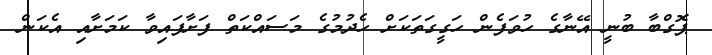
ޕޮގްބާ ބުނީ އޭނާގެ ހުވަފެން ހަގީގަތަކަށް ހެދުމުގެ މަސައްކަތް ފަށާފައިވާ ކަމަށާއި އެކަން